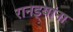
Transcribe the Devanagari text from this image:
रानड्यांना